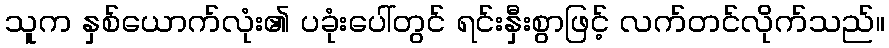
သူက နှစ်ယောက်လုံး၏ ပခုံးပေါ်တွင် ရင်းနှီးစွာဖြင့် လက်တင်လိုက်သည်။